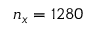
n _ { x } = 1 2 8 0